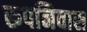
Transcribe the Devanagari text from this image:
रूपनिवास